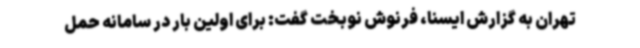
تهران به گزارش ایسنا، فرنوش نوبخت گفت: برای اولین بار در سامانه حمل